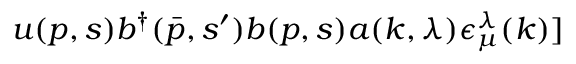
u ( p , s ) b ^ { \dagger } ( \bar { p } , s ^ { \prime } ) b ( p , s ) a ( k , \lambda ) \epsilon _ { \mu } ^ { \lambda } ( k ) ]